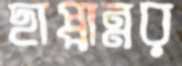
ছাপ্পান্নর